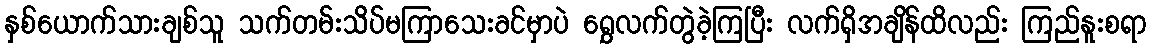
နှစ်ယောက်သားချစ်သူ သက်တမ်းသိပ်မကြာသေးခင်မှာပဲ ရွှေလက်တွဲခဲ့ကြပြီး လက်ရှိအချိန်ထိလည်း ကြည်နူးစရာ